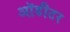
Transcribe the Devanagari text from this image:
ऑडीटर